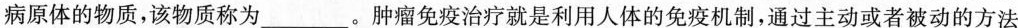
病原体的物质，该物质称为___。肿瘤免疫治疗就是利用人体的免疫机制，通过主动或者被动的方法